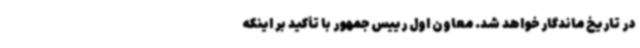
در تاریخ ماندگار خواهد شد. معاون اول رییس جمهور با تأکید بر اینکه